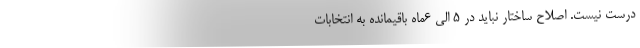
درست نیست. اصلاح ساختار نباید در ۵ الی ۶ماه باقیمانده به انتخابات